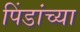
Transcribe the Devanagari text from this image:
पिंडांच्या